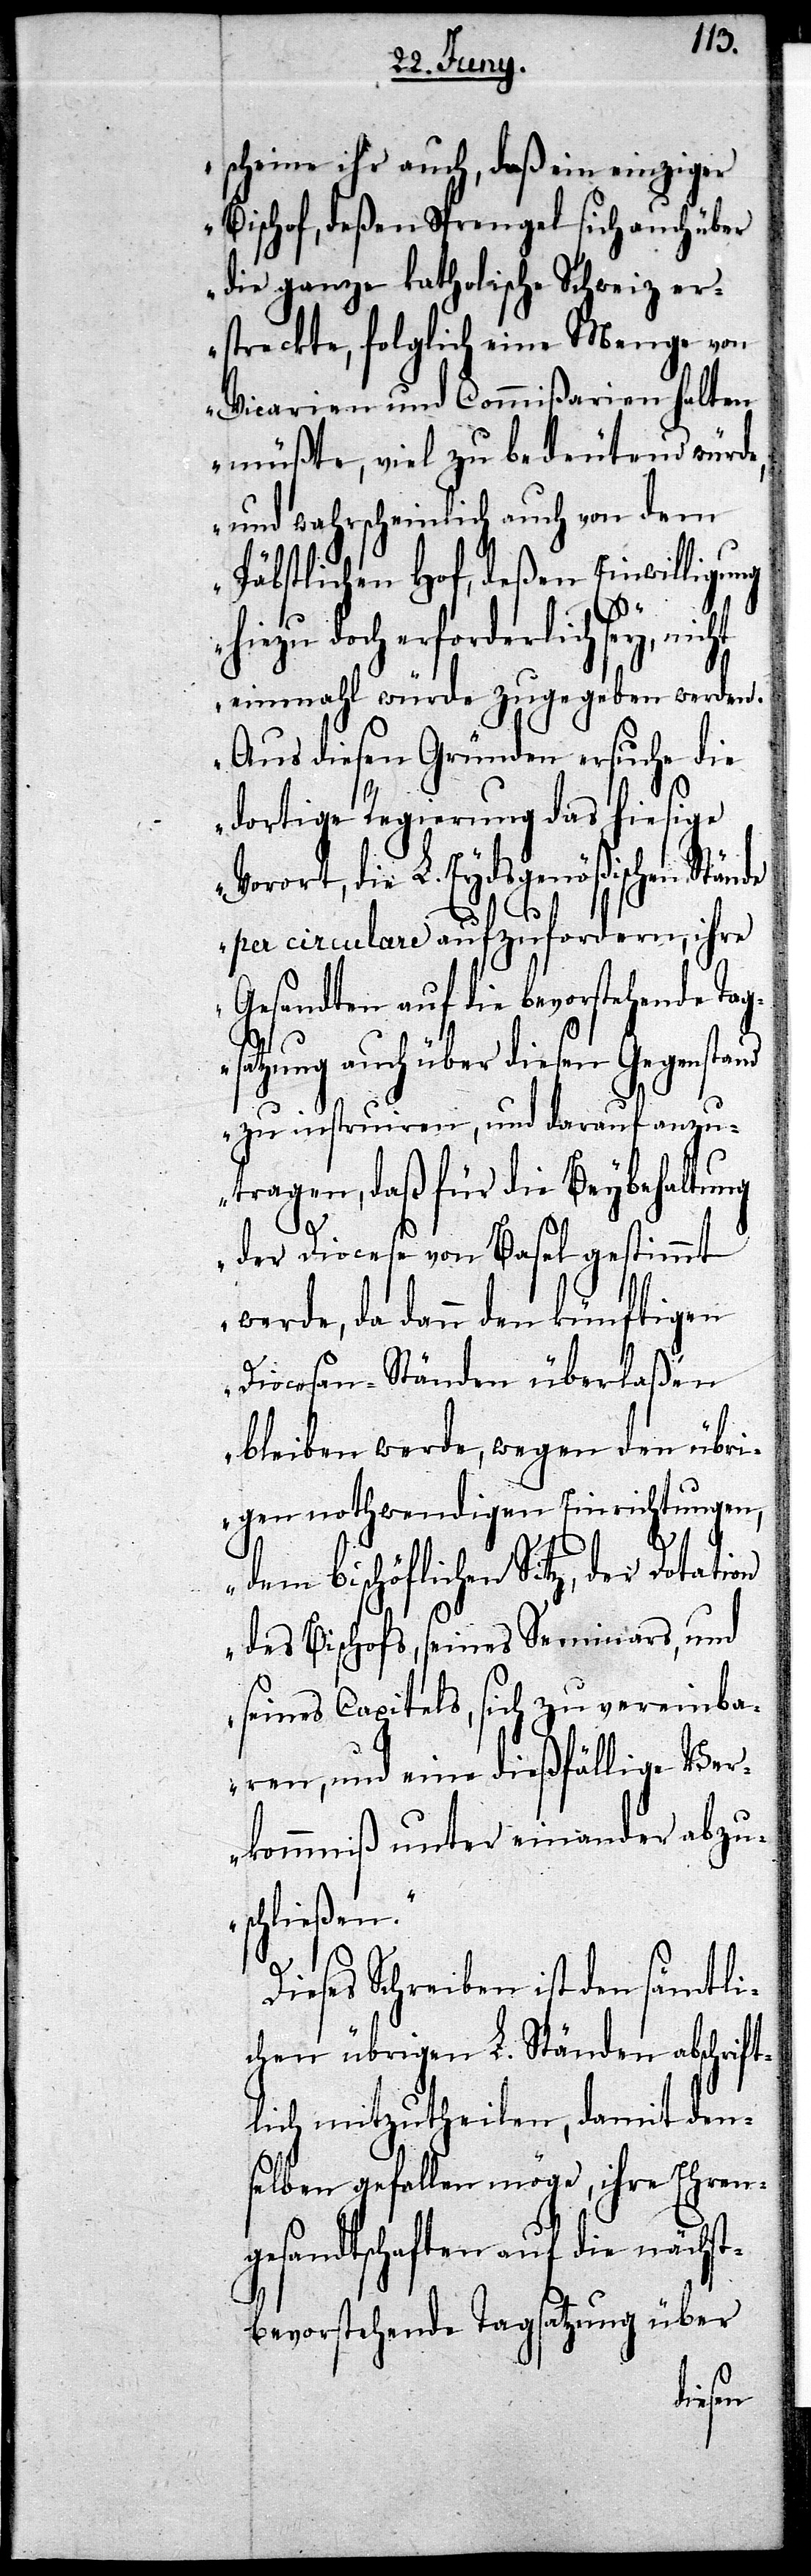
hie¬
scheine ihr auch, daß ein einziger
Bischof, deßen Sprengel sich auch über
die ganze katholische Schweiz er¬
streckte, folglich eine Menge von
Vicarien und Commißarien halten
müßte, viel zu bedeutend würde,
und wahrscheinlich auch von dem
Päbstlichen Hof, deßen Einwilligung
zu doch erforderlich sey,
einmahl würde zugegeben werden.
Aus diesen Gründen ersuche die
dortige Regierung das hiesige
die L. Eydsgenößischen Stä¬
nde per circulare aufzufordern, ihre
Gesandten auf die bevorstehende Tag¬
satzung auch über diesen Gegenstand
zu instruiren, und darauf anzu¬
tragen, daß für die Beybehaltung
der Diocese von Basel gestimmt
werde, da dann den künftigen
Diocesan-Ständen überlaßen
bleiben werde, wegen den übri¬
gen nothwendigen Einrichtungen,
dem bischöflichen Sitz, der Dotation
des Bischofs seines Seminars, und
seines Capitels, sich zu vereinba¬
ren, und eine dießfällige Ver¬
kommniß unter einander abzu¬
schließen.“
Dieses Schreiben ist den sämtli¬
chen übrigen L. Ständen abschrift¬
lich mitzutheilen, damit den¬
selben gefallen möge, ihre Ehren¬
gesandtschaften auf die nächst¬
bevorstehende Tagsatzung über